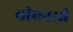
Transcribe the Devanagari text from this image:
बीएनसी